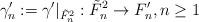
LaTeX: \begin{align*}\gamma'_n:=\gamma'|_{\tilde{F}^2_n}: \tilde{F}^2_n \rightarrow F'_n,n\geq 1\end{align*}